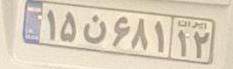
۱۵ن۶۸۱۱۲